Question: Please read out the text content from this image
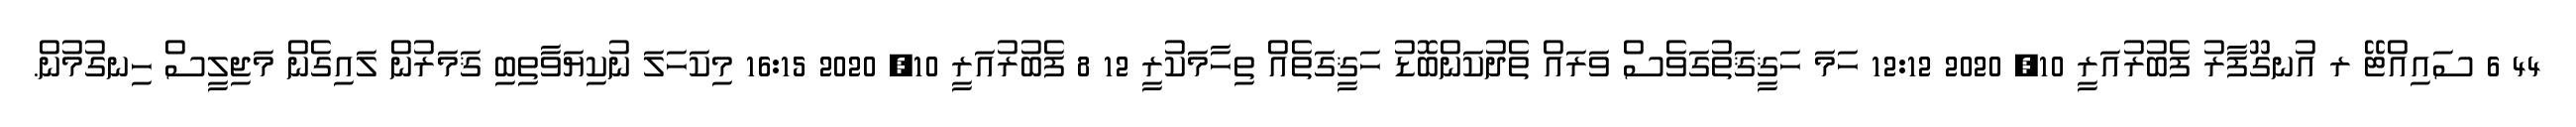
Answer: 44 6 ސައިއްޓޭ ރ އުނގޫފާރު ފެބުރުއަރީ 10, 2020 12:12 ހަމަ ހަޤީޤަތުގަވެސް ވަރައް ތެދުކަންބޮޑު ހަޤީގަތެއް ތިހާމަކުރީ 12 8 ފެބުރުއަރީ 10, 2020 16:15 މިކަހަލަ ނުކިޔަވާތިބި ޤަމަރުން ލައިގެން މަޖިލީސް ހިނގުމުން.